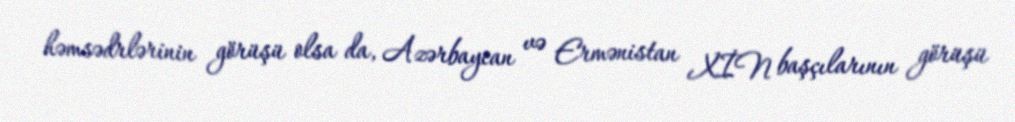
həmsədrlərinin görüşü olsa da, Azərbaycan və Ermənistan XİN başçılarının görüşü